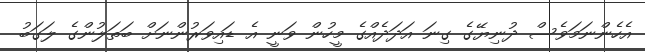
އެހެންނަމަވެސް ދުނިޔޭގެ ގިނަ އަދަދެއްގެ މީހުން ވަނީ އެ ޑައިވަރުންނަށް ބަތަލުންގެ ލަގަބު